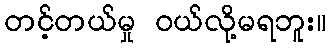
တင့်တယ်မှု ဝယ်လို့မရဘူး။